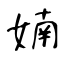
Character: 婻